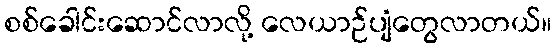
စစ်ခေါင်းဆောင်လာလို့ လေယာဉ်ပျံတွေလာတယ်။